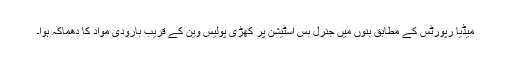
میڈیا رپورٹس کے مطابق بنوں میں جنرل بس اسٹیشن پر کھڑی پولیس وین کے قریب بارودی مواد کا دھماکہ ہوا۔